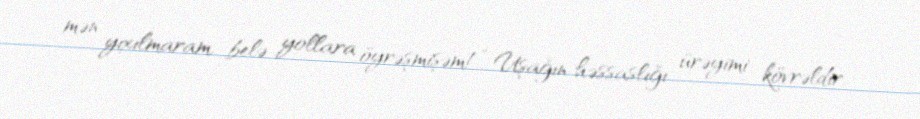
mən yıxılmaram, belə yollara öyrəşmişəm!” Uşağın həssaslığı ürəyimi kövrəldir..